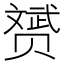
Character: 赟